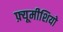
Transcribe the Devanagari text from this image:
फ़्यूमीशियो